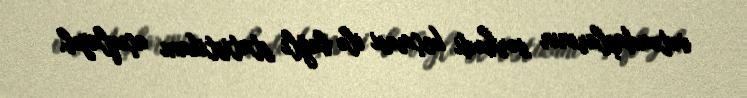
vətəndaşlarının sərhədi keçməsi ilə bağlı statistikanı açıqlayıb.